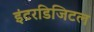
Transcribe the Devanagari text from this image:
इंटरडिजिटल